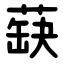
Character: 蒛